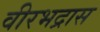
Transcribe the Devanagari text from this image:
वीरभद्रास